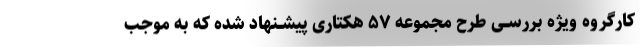
کارگروه ویژه بررســی طرح مجموعه ۵۷ هکتاری پیشــنهاد شده که به موجب